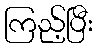
ကြည့်ပြီး